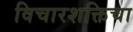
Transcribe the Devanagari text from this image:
विचारशक्तिचा